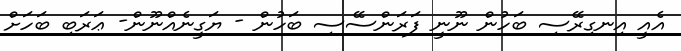
އެއީ އިނގިރޭސި ބަހުން ނޫނީ ފަރަންސޭސި ބަހުން - ޔަގީނެއްނޫން- ޢަރަބި ބަހަށް